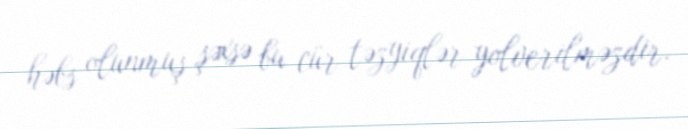
həbs olunmuş şəxsə bu cür təzyiqlər yolverilməzdir.